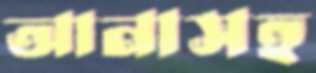
আনাসহ